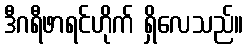
ဒီဂရီဖာရင်ဟိုက် ရှိလေသည်။